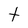
Character: t